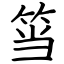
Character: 筜